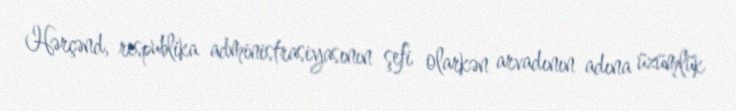
Hərçənd, respublika administrasiyasının şefi olarkən arvadının adına üzümlük